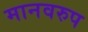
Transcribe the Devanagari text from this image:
मानवरुप